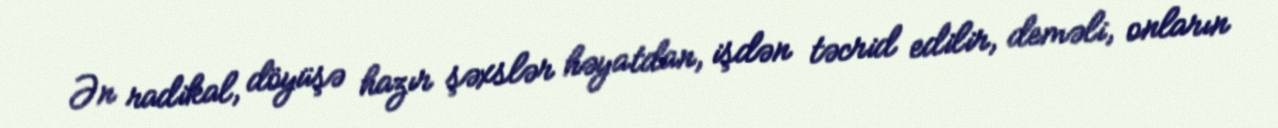
Ən radikal, döyüşə hazır şəxslər həyatdan, işdən təcrid edilir, deməli, onların